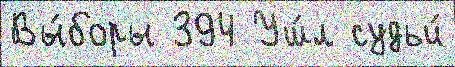
Вы́боры 394 Уш́л судьи́